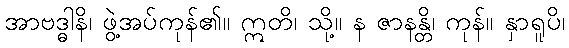
အာဗဒ္ဓါနိ၊ ဖွဲ့အပ်ကုန်၏။ ဣတိ၊ သို့။ န ဇာနန္တိ၊ ကုန်။ နှာရူပိ၊